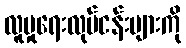
လူမှုရေးလုပ်ငန်းများကို